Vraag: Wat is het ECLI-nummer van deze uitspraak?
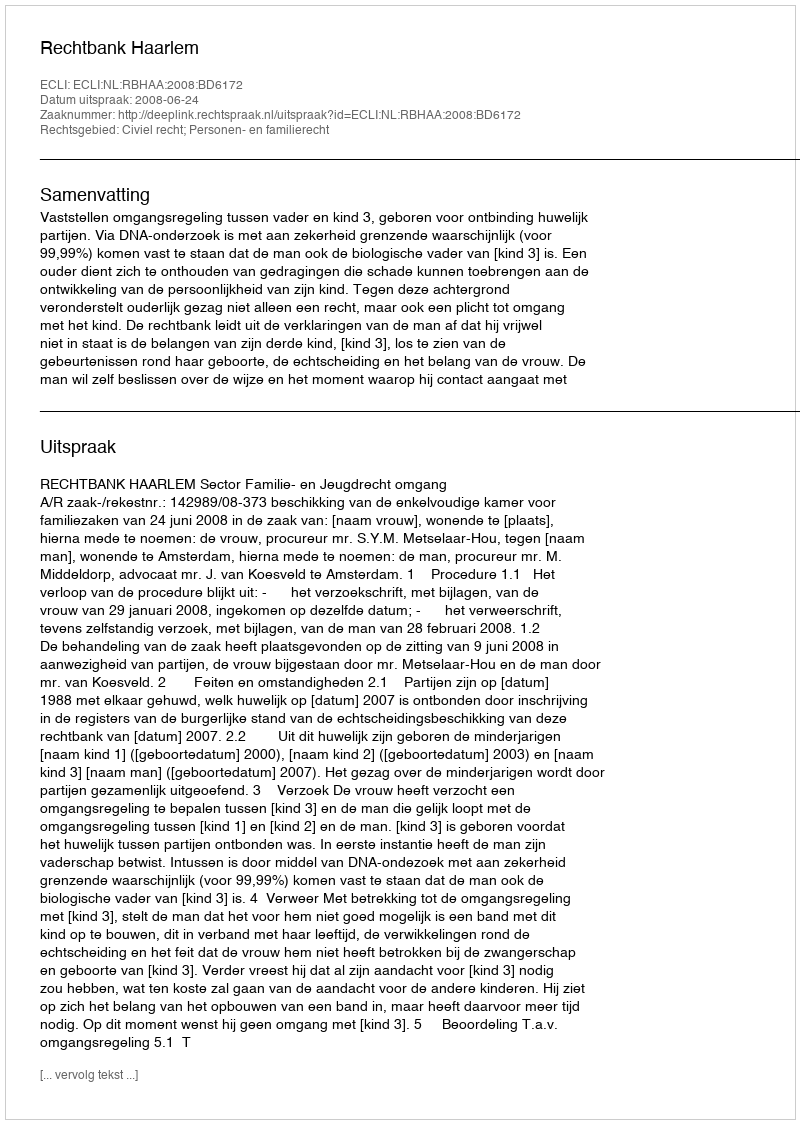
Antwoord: ECLI:NL:RBHAA:2008:BD6172